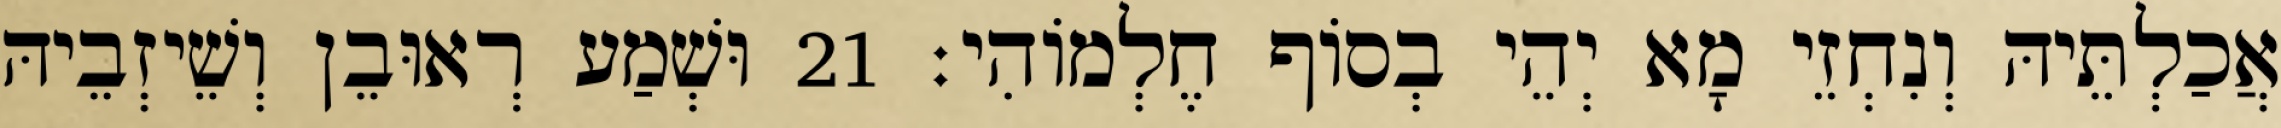
אֲכַלְתֵּיהּ וְנִחְזֵי מָא יְהֵי בְסוֹף חֶלְמוֹהִי׃ 21 וּשְׁמַע רְאוּבֵן וְשֵׁיזְבֵיהּ